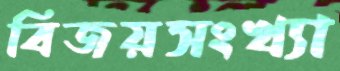
বিজয়সংখ্যা